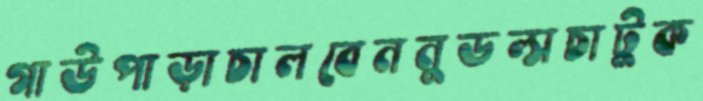
গাউপাড়াচালবেননুডল্সচাটুক